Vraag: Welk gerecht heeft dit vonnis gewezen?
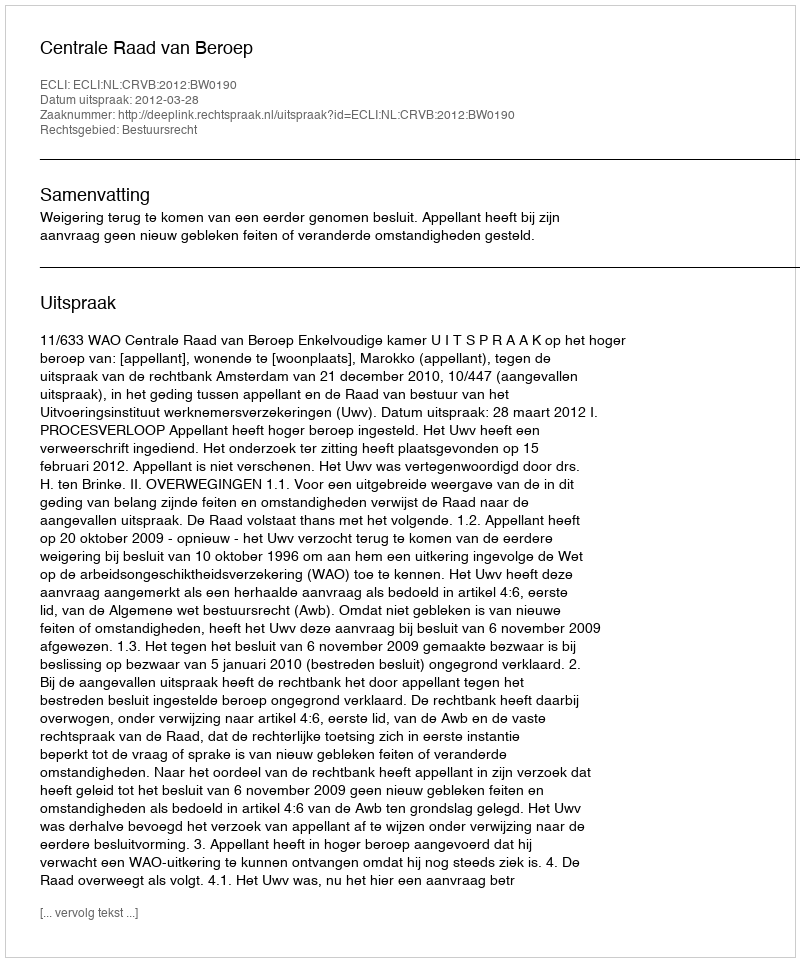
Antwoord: Centrale Raad van Beroep